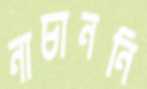
নাচাননি